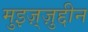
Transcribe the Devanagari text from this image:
मुइज़्ज़ुद्दीन